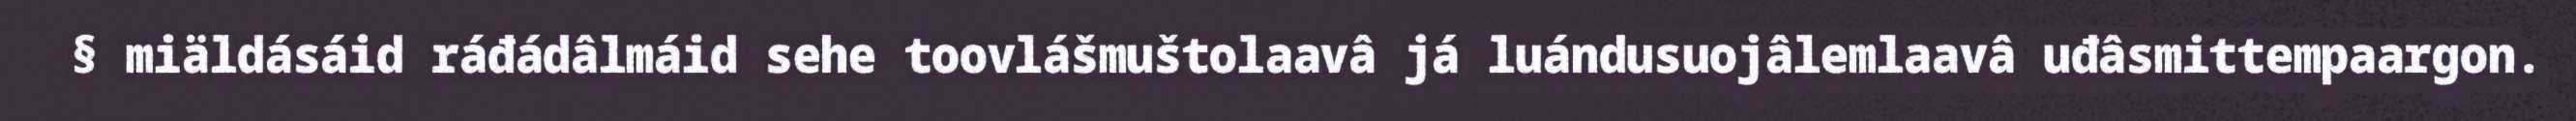
§ miäldásáid ráđádâlmáid sehe toovlášmuštolaavâ já luándusuojâlemlaavâ uđâsmittempaargon.